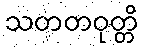
သတတဝုတ္တိ